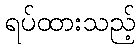
ရပ်ထားသည့်